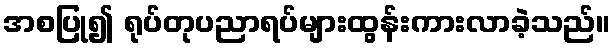
အစပြု၍ ရုပ်တုပညာရပ်များထွန်းကားလာခဲ့သည်။